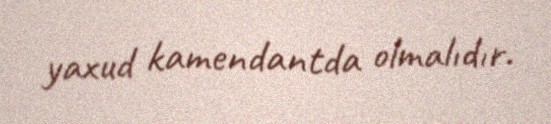
yaxud kamendantda olmalıdır.